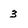
Character: 3